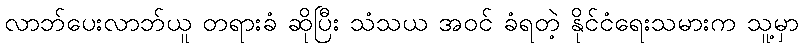
လာဘ်ပေးလာဘ်ယူ တရားခံ ဆိုပြီး သံသယ အဝင် ခံရတဲ့ နိုင်ငံရေးသမားက သူ့မှာ